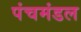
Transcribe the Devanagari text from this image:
पंचमंडल